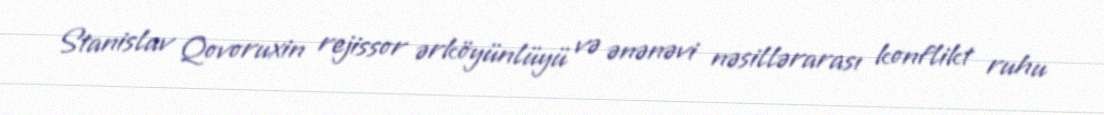
Stanislav Qovoruxin rejissor ərköyünlüyü və ənənəvi nəsillərarası konflikt ruhu